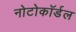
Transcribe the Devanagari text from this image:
नोटोकॉर्डल